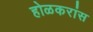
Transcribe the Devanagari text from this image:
होळकरांस